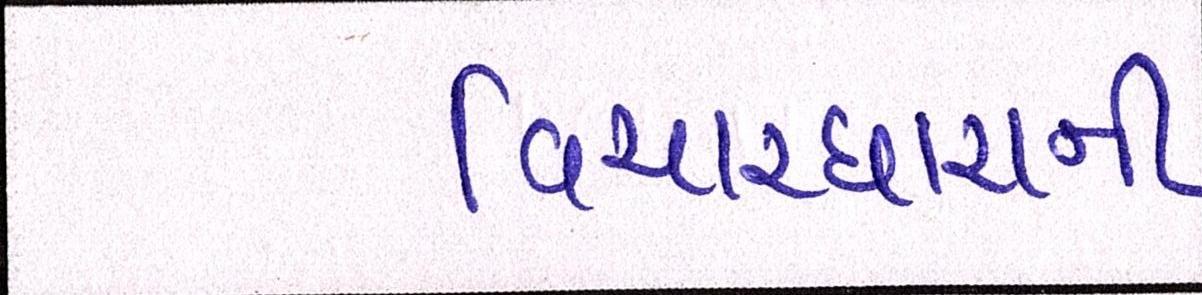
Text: વિચારધારાની